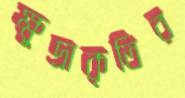
ক্ষুদ্রাকৃতির